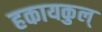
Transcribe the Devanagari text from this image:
हकायकुल्